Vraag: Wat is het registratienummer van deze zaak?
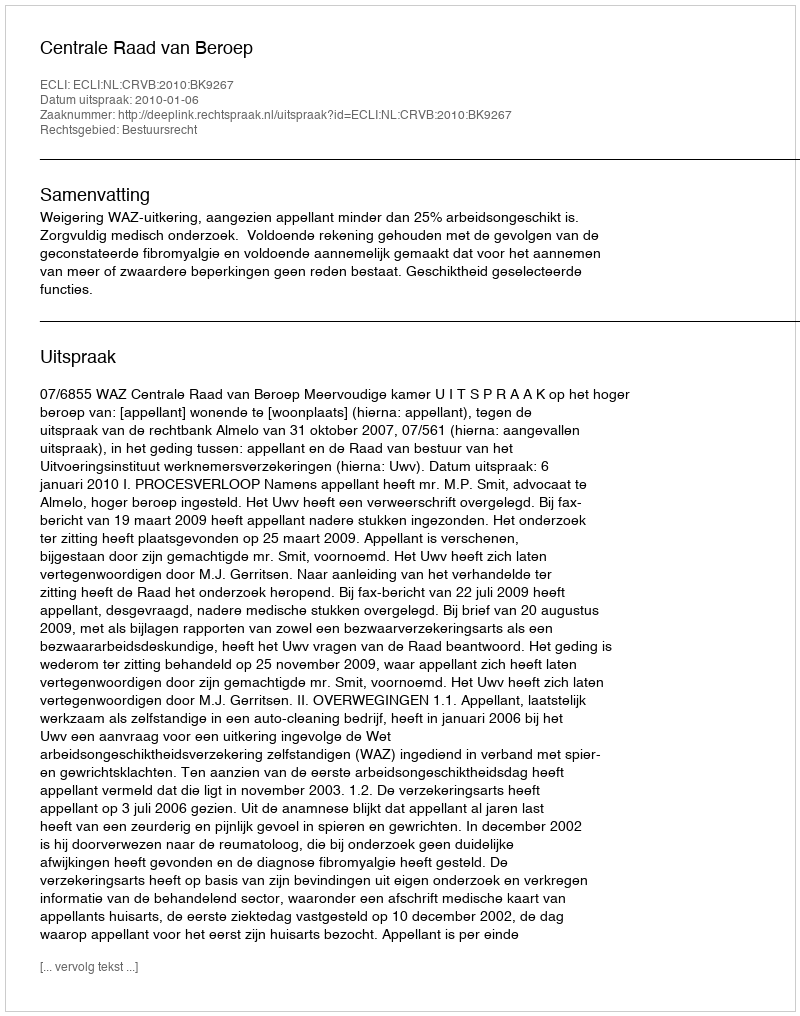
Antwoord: http://deeplink.rechtspraak.nl/uitspraak?id=ECLI:NL:CRVB:2010:BK9267